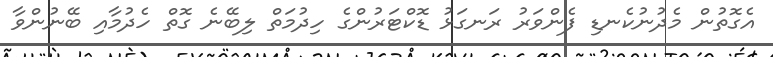
އެގޮތުން މެދުނުކެނޑި ފެންވަރު ރަނގަޅު ޑޮކްޓަރުންގެ ހިދުމަތް ލިބޭނެ ގޮތް ހެދުމާއި ބޭނުންވާ